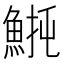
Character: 𫙡